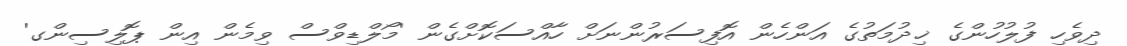
ދިވެހި ފުލުހުންގެ ޚިދުމަތުގެ އަންހެން އޮފިސަރުންނަށް ހާއްސަކޮށްގެން 'މޯލްޑިވްސް ވިމެން އިން ޕޮލިސިންގ'